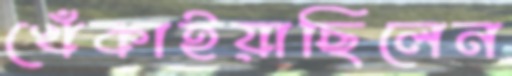
খেঁকাইয়াছিলেন